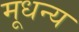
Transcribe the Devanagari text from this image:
मूधन्य